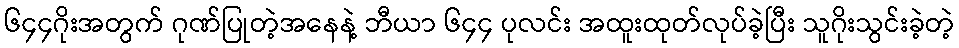
၆၄၄ဂိုးအတွက် ဂုဏ်ပြုတဲ့အနေနဲ့ ဘီယာ ၆၄၄ ပုလင်း အထူးထုတ်လုပ်ခဲ့ပြီး သူဂိုးသွင်းခဲ့တဲ့